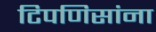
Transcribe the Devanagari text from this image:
टिपणिसांना